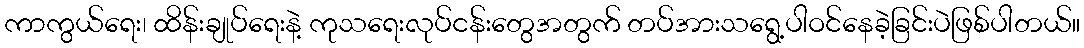
ကာကွယ်ရေး၊ ထိန်းချုပ်ရေးနဲ့ ကုသရေးလုပ်ငန်းတွေအတွက် တပ်အားသရွေ့ပါဝင်နေခဲ့ခြင်းပဲဖြစ်ပါတယ်။